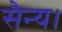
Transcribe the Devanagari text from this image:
सैन्य।